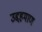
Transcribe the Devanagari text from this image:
उद्दहमाण